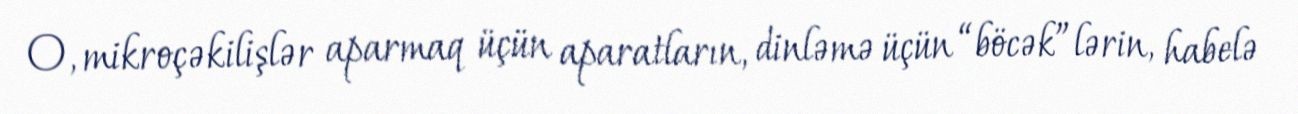
O, mikroçəkilişlər aparmaq üçün aparatların, dinləmə üçün “böcək”lərin, habelə